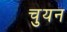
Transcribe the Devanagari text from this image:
चुयन